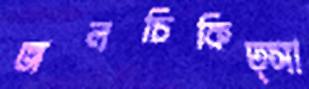
জলচিকিত্সা